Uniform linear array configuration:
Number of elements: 4
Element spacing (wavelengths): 0.5
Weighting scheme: uniform
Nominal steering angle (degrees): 0
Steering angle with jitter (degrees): -1.972
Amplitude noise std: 0.05
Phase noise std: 0.05

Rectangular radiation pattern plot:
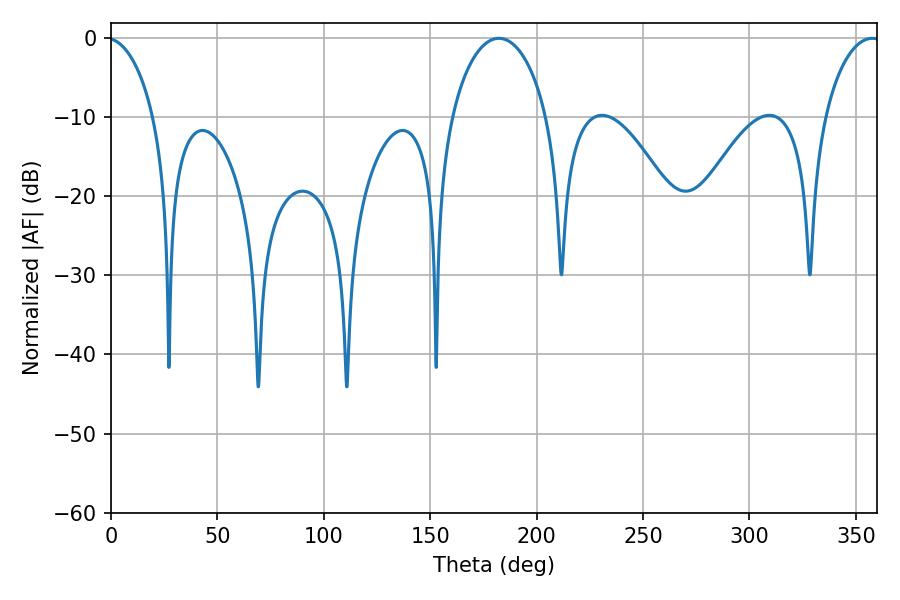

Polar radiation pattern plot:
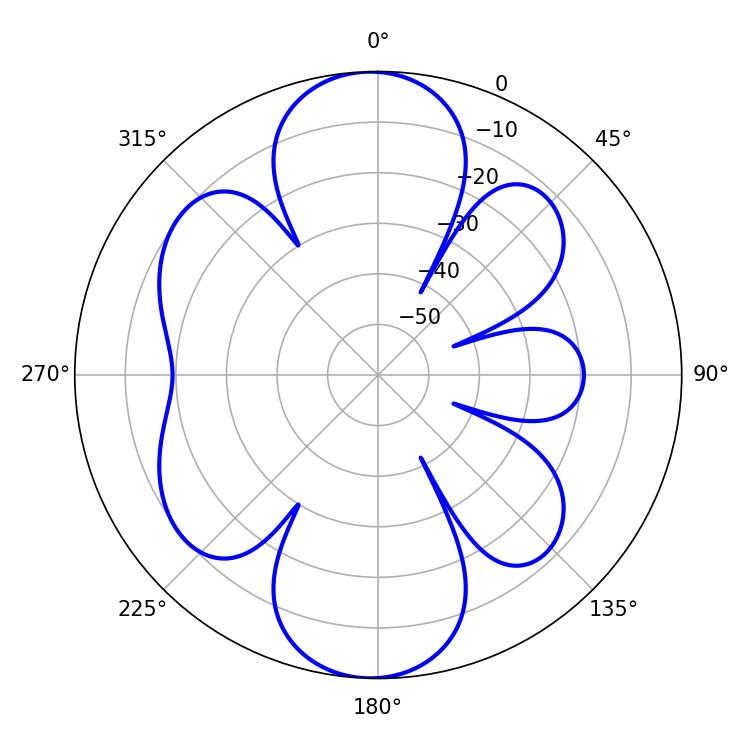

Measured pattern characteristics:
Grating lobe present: FALSE
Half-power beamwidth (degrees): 25.92
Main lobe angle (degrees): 182.34